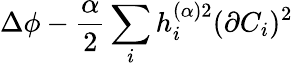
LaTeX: \Delta\phi-\frac{\alpha}{2}\sum_{i}h_{i}^{(\alpha)2}(\partial C_{i})^{2}